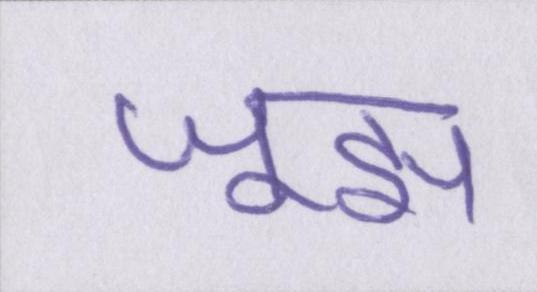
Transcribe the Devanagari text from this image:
जूझ